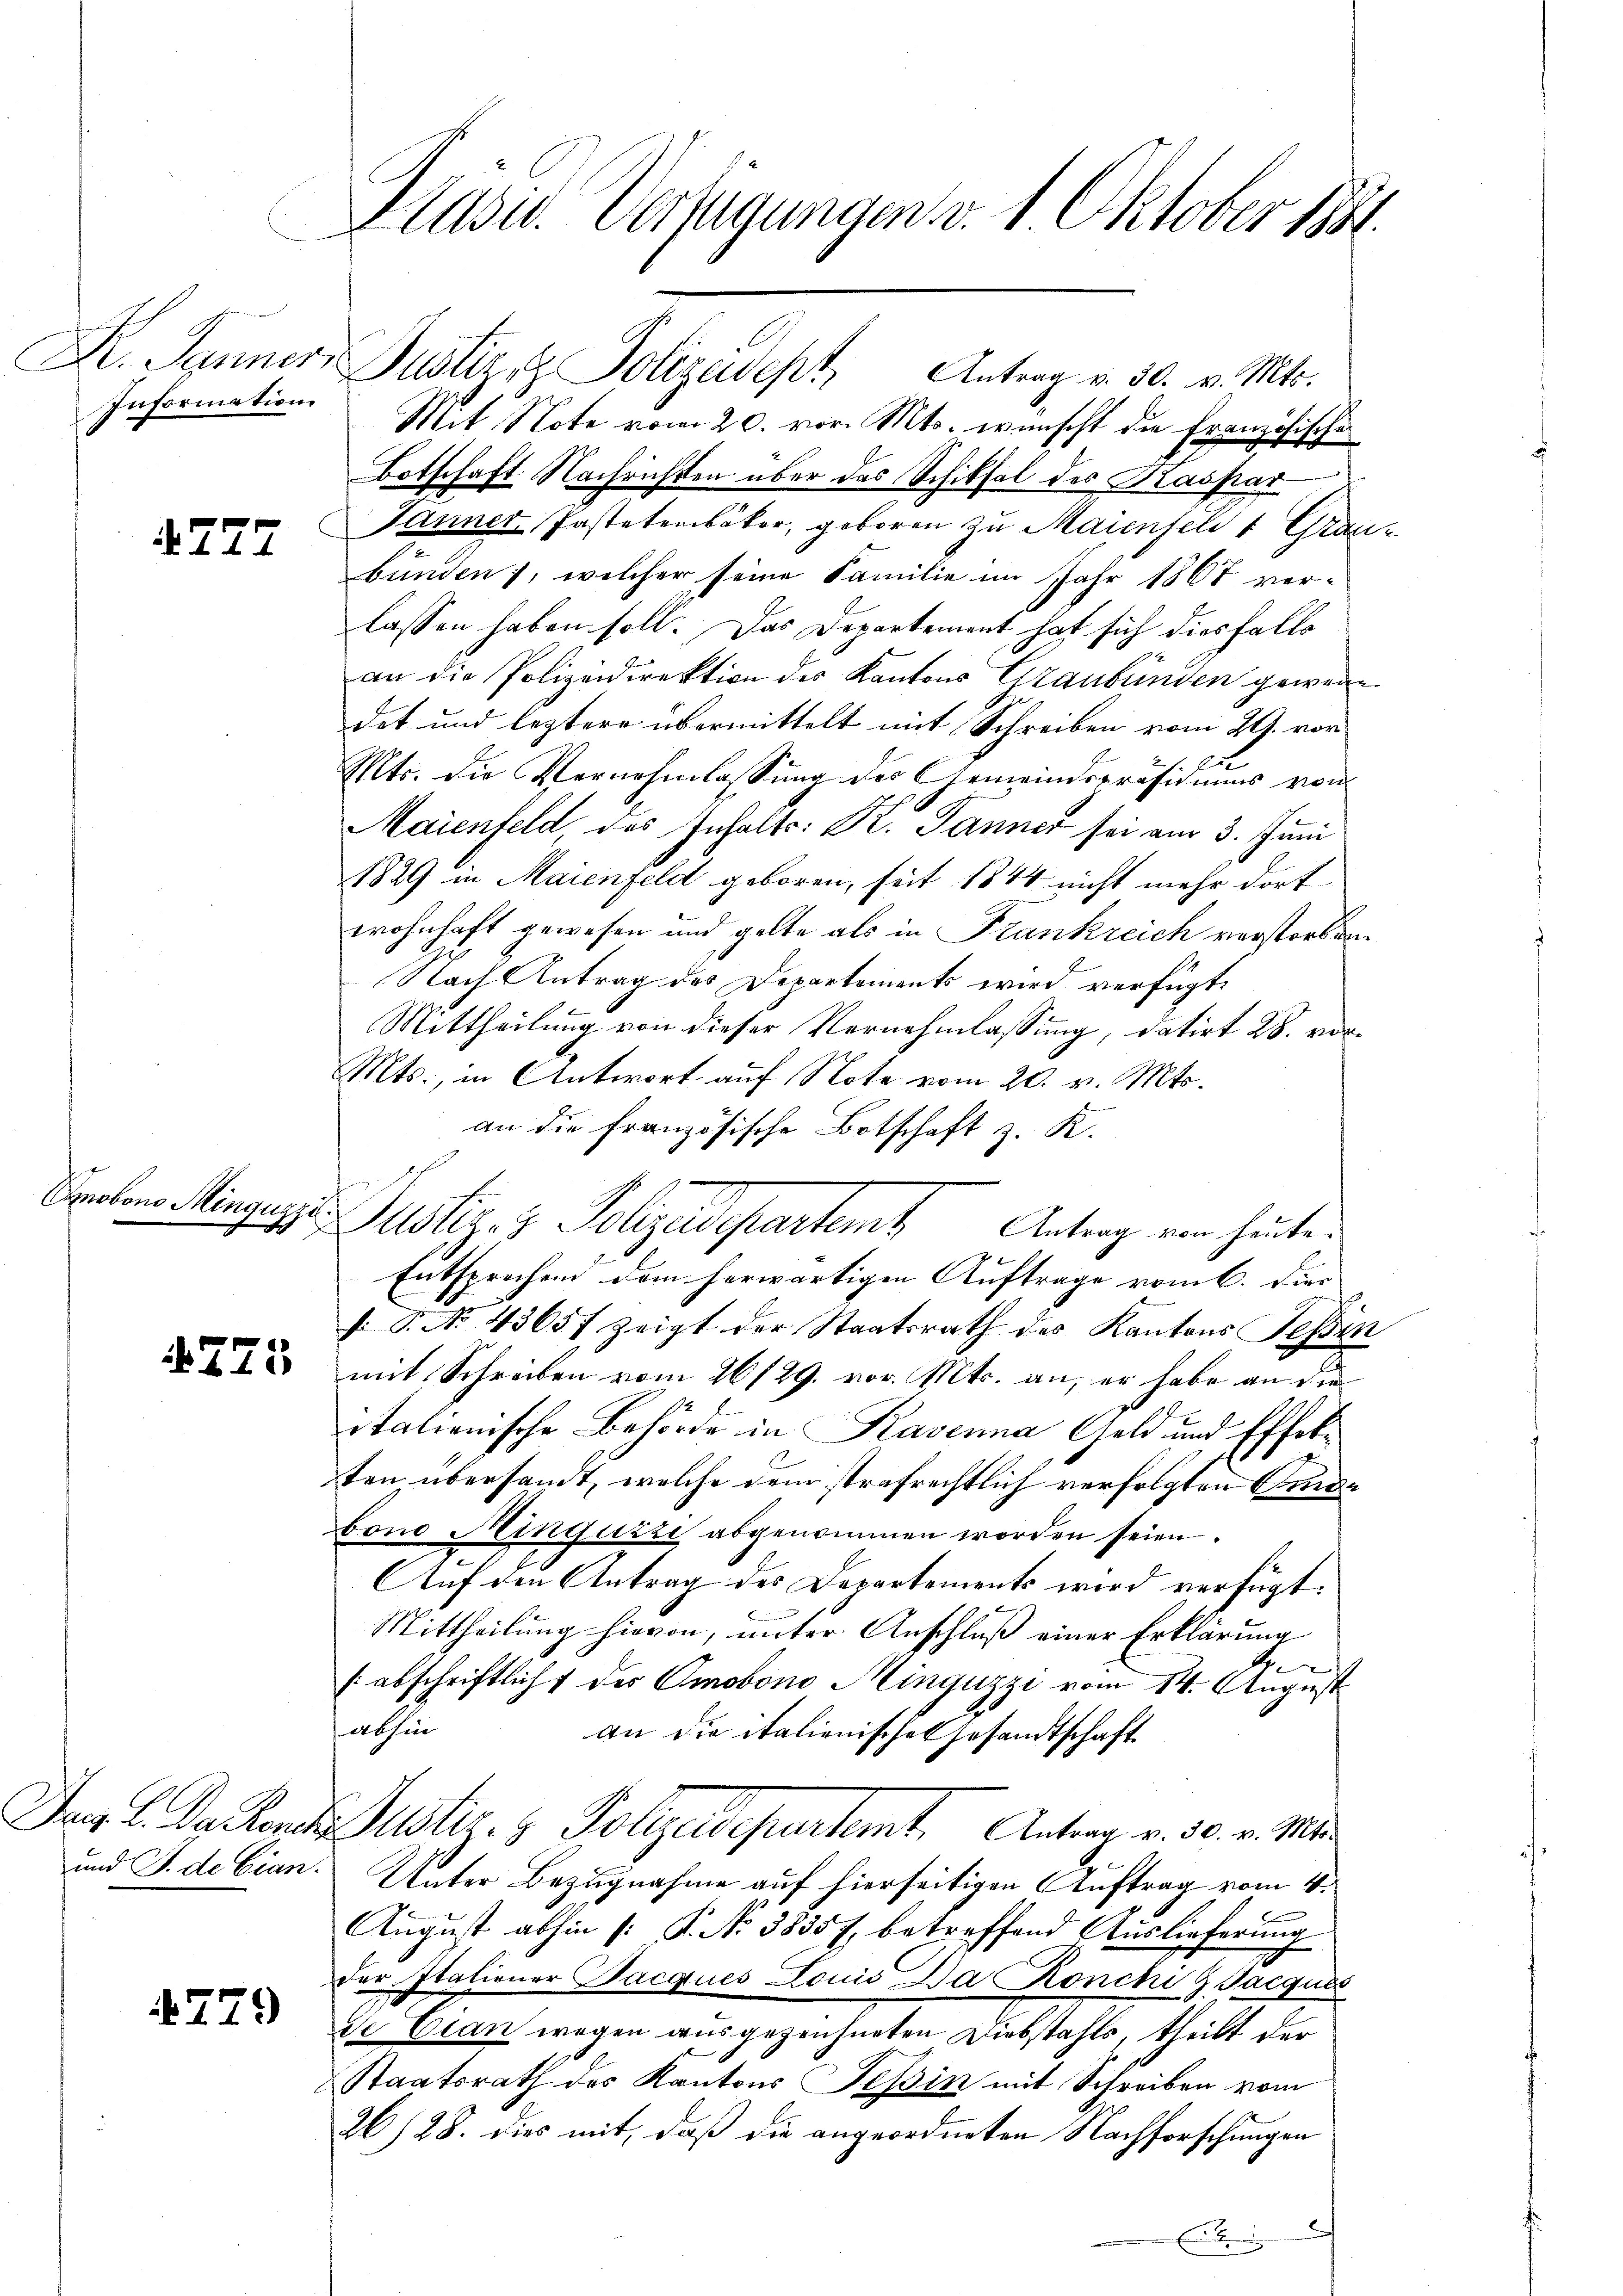
Information

4727

Cnobono Mingügyi.

775

und J. de Cian.

779

Präses Verfügungen v. 1. Oktober 1841.

Mit Note vom 20. vor. Mts. wünscht die Französischen
Botschaft. Nachrichten über das Schiksal des Kaspar
Janner, Jastetenbäker, geboren zu Maienfeld 1 Graubunden), welcher seine Familie im Jahr 1867 ver-
lassen haben soll. Das Departement hat sich diesfalls
an die Polizeidirektion des Kantons Graubünden gewendet und leztere übermittelt mit Schreiben vom 29. vor
u
u
Mts. die Vernehmlassung des Gemeindspräsidiums von
Maienfeld, des Inhalts: Dr. Jänner sei am 3. Juni
1829 in Maienfeld geboren, seit 1844 nicht mehr dort
wohnhaft gewesen und gelte als in Frankreich verstorben
Nach Antrag des Departements wird verfügt:
Mittheilung von dieser Vernehmlassung, datirt 28. vor¬
Mts., in Antwort auf Note vom 20. v. Mts.
an die französische Botschaft z. K.
Justiz- & Polyedepartemt Antrag von heute.
Entsprochen dem herwärtigen Auftrage vom 6. Dies
. P. No. 43657 zeigt der Staatsrath des Kantons Tessin
mit Schreiben vom 26/29. vor. Mts. an, er habe an die
italienische Behörde in Rasenna Geld und Effekten übersandt, welche dem strafrechtlich verfolgten Bunde
bono Hinzuzzi abgenommen worden seien.
AAuf den Antrag des Departements wird verfügt:
Mittheilung hievon, unter Anschluß einer Erklärung
e
[abschriftlicht der Omobono Minguzzi vom 14. August
abhin
an die italienisches Gesandtschaft
Jes C. Da Rentes Justiz- & Polizeidepartemt. Antrag v. 30. v. Mit
Unter Bezugnahme auf hierseitigen Auftrag vom 4.
August abhin /: P. No 3835 f. betreffend Auslieferung
der Italiener Bacques Louis Da Ronchi 9. Jacquis
de Cian wegen ausgezeichneten Diebstahls, theilt der
Staatsrath des Kantons Tessin mit Schreiben vom
26/28. dies mit, daß die angeordneten Nachforschungen
x

Dr. Jänner Justiz & Polizeidept, Antrag v. 30. v. Mts.